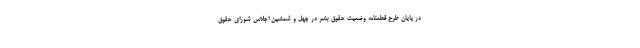
در پایان طرح قطعنامه وضعیت حقوق بشر در چهل و شمشین اجلاس شورای حقوق